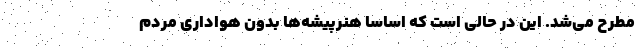
مطرح می‌شد. این در حالی است که اساسا هنرپیشه‌ها بدون هواداری مردم